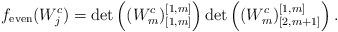
LaTeX: \begin{align*}f_{\rm even}(W_j^c)= \det \left((W^c_m)^{[1,m]}_{[1,m]}\right) \det \left( (W^c_m)^{[1,m]}_{[2,m+1]}\right). \end{align*}